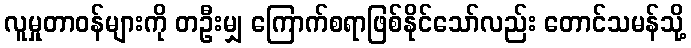
လူမှုတာဝန်များကို တဦးမျှ ကြောက်စရာဖြစ်နိုင်သော်လည်း တောင်သမန်သို့